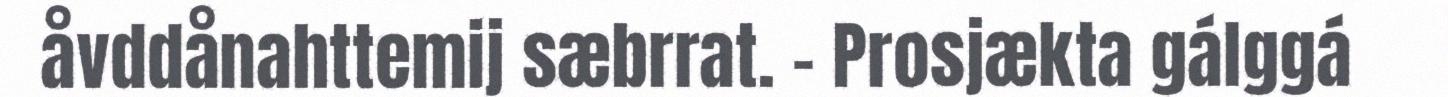
åvddånahttemij sæbrrat. – Prosjækta gálggá